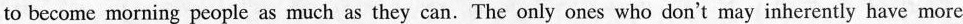
to become morning people as much as they can. The only ones who don't may inherently have more